Vaccination in the Punjab 1905-1918 - 1905-1918
Year: 1905
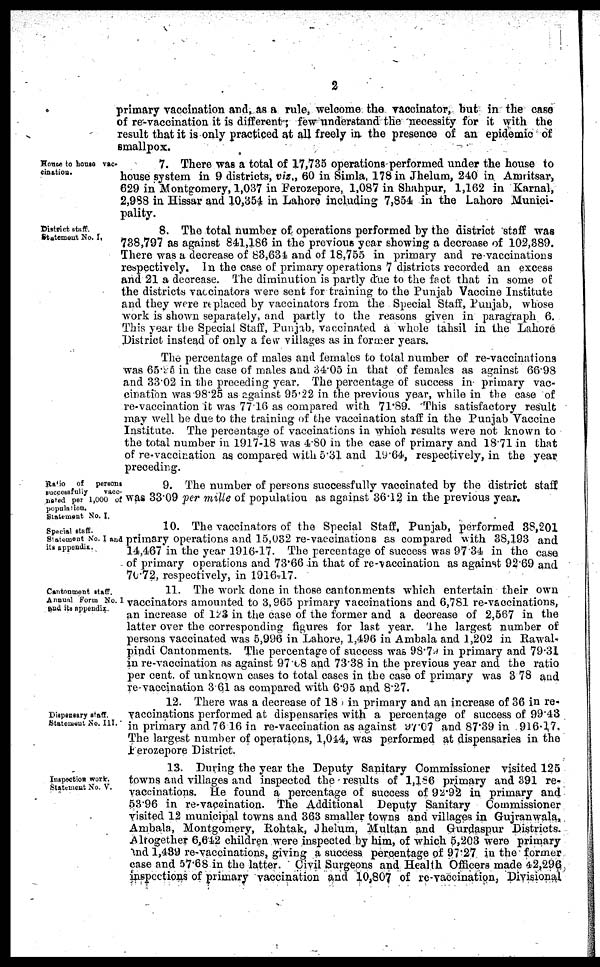
2
primary vaccination and, as a rule, welcome the vaccinator, but in the case
of re-vaccination it is different; few understand the necessity for it with the
result that it is only practiced at all freely in the presence of an epidemic of
smallpox.
House to house vac-
cination.
7. There was a total of 17,735 operations performed under the house to
house system in 9 districts, viz., 60 in Simla, 178 in Jhelum, 240 in Amritsar,
629 in Montgomery, 1,037 in Ferozepore, 1,087 in Shahpur, 1,162 in Karnal,
2,988 in Hissar and 10,354 in Lahore including 7,854 in the Lahore Munici-
pality.
District stuff.
Statement No. I.
8. The total number of operations performed by the district staff was
738,797 as against 841,186 in the previous year showing a decrease of 102,389.
There was a decrease of 83,634 and of 18,755 in primary and re-vaccinations
respectively. In the case of primary operations 7 districts recorded an excess
and 21 a decrease. The diminution is partly due to the fact that in some of
the districts vaccinators were sent for training to the Punjab Vaccine Institute
and they were replaced by vaccinators from the Special Staff, Punjab, whose
work is shown separately, and partly to the reasons given in paragraph 6.
This year the Special Staff, Punjab, vaccinated a whole tahsil in the Lahore
District instead of only a few villages as in forager years.
The percentage of males and females to total number of re-vaccinations
was 65.95 in the case of males and 34.05 in that of females as against 6698
and 33.02 in the preceding year. The percentage of success in primary vac-
cination was 98.25 as against 95.22 in the previous year, while in the case of
re-vaccination it was 77.16 as compared with 71.89. This satisfactory result
may well be due to the training of the vaccination staff in the Punjab Vaccine
Institute. The percentage of vaccinations in which results were not known to
the total number in 1917-18 was 4.80 in the case of primary and 18.71 in that
of re-vaccination as compared with 5.31 and l9.64, respectively, in the year
preceding.
Ratio
of
persons
successfully
vacc¬
nated per 1,000 of
population.
Statement No. I.
9. The number of persons successfully vaccinated by the district staff
was 33.09 per mille of population as against 36.12 in the previous year.
Special staff.
Statement No. I and
its appendix.
10. The vaccinators of the Special Staff, Punjab, performed 38,201
primary operations and 15,032 re-vaccinations as compared with 38,193 and
14,467 in the year 1916-17. The percentage of success was 97.34 in the case
of primary operations and 73.66 in that of re-vaccination as against 92.69 and
70.72, respectively, in 1916-17.
Cantonment staff.
Annual Form No. 1
and its appendix.
11. The work done in those cantonments which entertain their own
vaccinators amounted to 3,965 primary vaccinations and 6,781 re-vaccinations,
an increase of 123 in the case of the former and a decrease of 2,567 in the
latter over the corresponding figures for last year. The largest number of
persons vaccinated was 5,996 in Lahore, 1,496 in Ambala and 1,202 in Rawal-
pindi Cantonments. The percentage of success was 98.79 in primary and 79.31
in re-vaccination as against 97.18 and 73.38 in the previous year and the ratio
per cent. of unknown cases to total cases in the case of primary was 3.78 and
re-vaccination 3.61 as compared with 6.95 and 8.27.
Dispensary staff.
Statement No. III.
12. There was a decrease of 18 in primary and an increase of 36 in re¬
vaccinations performed at dispensaries with a percentage of success of 99.43
in primary and 76 16 in re-vaccination as against 97.07 and 87.39 in 916.17,
The largest number of operations, 1,044, was performed at dispensaries in the
Ferozepore District.
Inspection work.
Statement No. V.
13. During the year the Deputy Sanitary Commissioner visited 125
towns and villages and inspected the results of 1,186 primary and 391 re¬
vaccinations. He found a percentage of success of 92.92 in primary and
53.96 in re-vaccination. The Additional Deputy Sanitary Commissioner
visited 12 municipal towns and 363 smaller towns and villages in Gujranwala,
Ambala, Montgomery, Rohtak, Jhelum, Multan and Gurdaspur Districts.
Altogether 6,612 children were inspected by him, of which 5,203 were primary
and 1,439 re-vaccinations, giving a success percentage of 97.27 in the former
case and 57.68 in the latter. Civil Surgeons and Health Officers made 42,296
inspections of primary vaccination and 10,807 of re-vaccination, Divisional